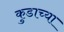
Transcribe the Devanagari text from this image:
कुडाच्या